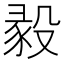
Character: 𣪣